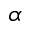
\alpha